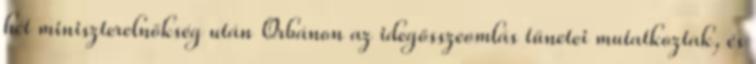
hét miniszterelnökség után Orbánon az idegösszeomlás tünetei mutatkoztak, és